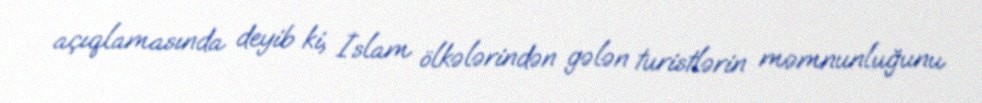
açıqlamasında deyib ki, İslam ölkələrindən gələn turistlərin məmnunluğunu